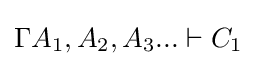
\Gamma A_{1},A_{2},A_{3}...\vdash C_{1}